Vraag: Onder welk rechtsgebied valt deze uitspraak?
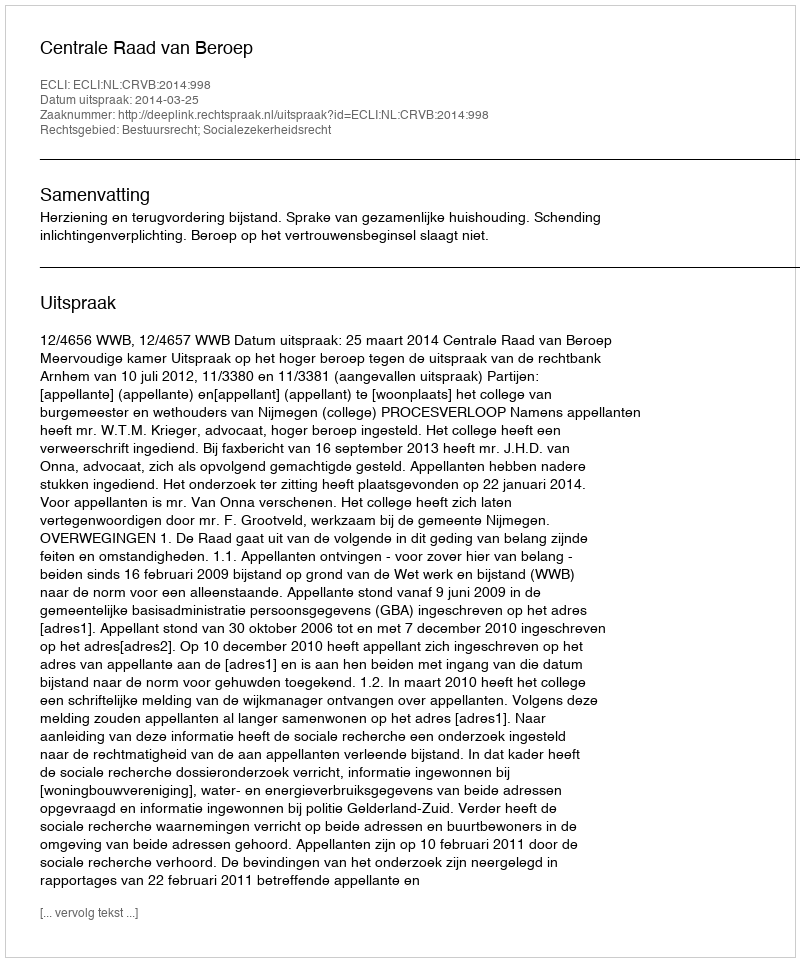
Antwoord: Bestuursrecht; Socialezekerheidsrecht